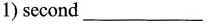
1)second___